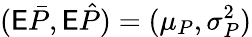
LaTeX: (\mathsf E\bar{P},\mathsf E\hat{P})=(\mu_{P},\sigma_{P}^{2})